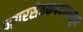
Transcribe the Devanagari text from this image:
नगरसेवकपदापासून